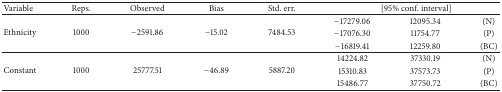
<table><thead><tr><td><b>Variable</b></td><td><b> Reps. </b></td><td><b> Observed</b></td><td><b> Bias</b></td><td><b>Std. err.</b></td><td colspan="3"><b>[95% conf. interval]</b></td></tr></thead><tbody><tr><td rowspan="3">Ethnicity</td><td rowspan="3">1000</td><td rowspan="3">−2591.86</td><td rowspan="3">−15.02</td><td rowspan="3">7484.53</td><td>−17279.06</td><td>12095.34</td><td>(N)</td></tr><tr><td>−17076.30</td><td>11754.77</td><td>(P)</td></tr><tr><td>−16819.41</td><td>12259.80</td><td>(BC)</td></tr><tr><td rowspan="3">Constant</td><td rowspan="3">1000</td><td rowspan="3">25777.51</td><td rowspan="3">−46.89</td><td rowspan="3">5887.20</td><td>14224.82</td><td>37330.19</td><td>(N)</td></tr><tr><td>15310.83</td><td>37573.73</td><td>(P)</td></tr><tr><td>15486.77</td><td>37750.72</td><td>(BC)</td></tr></tbody></table>